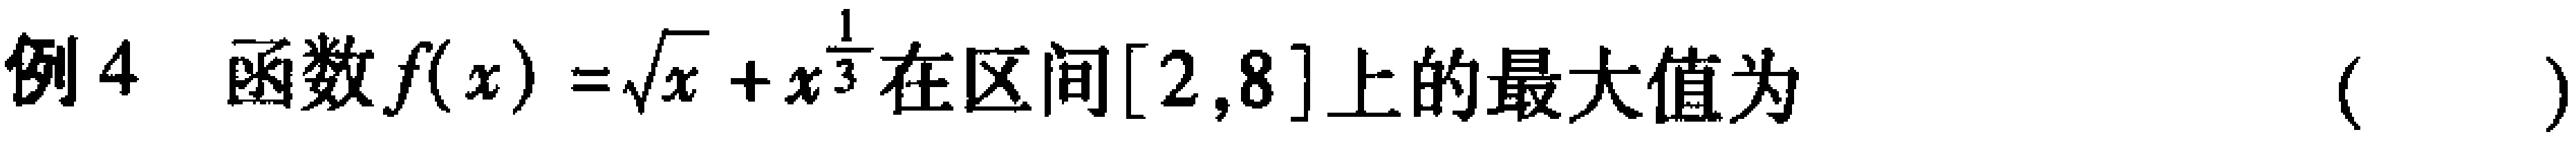
例4 函数\(f(x)=\sqrt{x}+x^{\frac{1}{3}}\)在区间\([2,8]\)上的最大值为  ( )